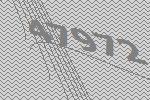
47972